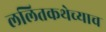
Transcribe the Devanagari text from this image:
ललितकथेच्याच